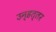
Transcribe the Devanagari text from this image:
उन्हत्तर